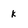
Character: k